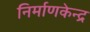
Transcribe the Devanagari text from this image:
निर्माणकेन्द्र